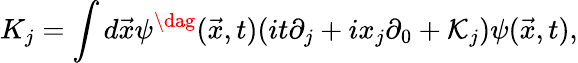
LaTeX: K_{j}=\int d\vec{x}\psi^{\dag}(\vec{x},t)(it\partial_{j}+ix_{j}\partial_{0}+{\cal K}_{j})\psi(\vec{x},t),